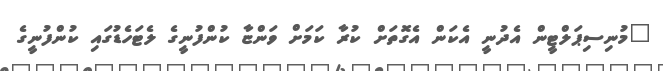
"މުނިސިޕަލްޓީން އެދުނީ އެކަން އެގޮތަށް ކުރާ ކަމަށް ވަންޏާ ކުންފުނީގެ ލެޓަހެޑުގައި ކުންފުނީގެ